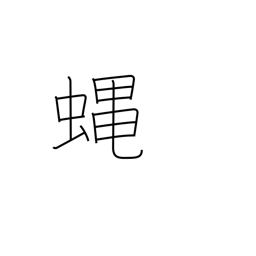
Meaning: fly